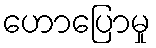
ဟောပြောမှု